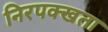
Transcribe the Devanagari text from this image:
निरपक्खता